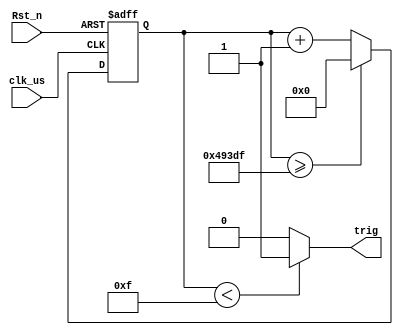
/*================================================*\
		  Filename 
			Author 
	  Description  
					300us10us290us
		 Called by 
Revision History    mm/dd/202x
		  			  Revision 1.0
  			  Email 
			Company 
\*================================================*/
module 	hc_sr_trig(
	input  wire			clk_us	, //system clock 1MHz
	input  wire 		Rst_n	, //reset low valid
		   
	output wire  		trig	  //
);
//Parameter Declarations
	parameter CYCLE_MAX = 19'd300_000;

//Interrnal wire/reg declarations
	reg		[18:00]	cnt		; //Counter 
	wire			add_cnt ; //Counter Enable
	wire			end_cnt ; //Counter Reset 

//Logic Description	
	
	always @(posedge clk_us or negedge Rst_n)begin  
		if(!Rst_n)begin  
			cnt <= 'd0; 
		end  
		else if(add_cnt)begin  
			if(end_cnt)begin  
				cnt <= 'd0; 
			end  
			else begin  
				cnt <= cnt + 1'b1; 
			end  
		end  
		else begin  
			cnt <= cnt;  
		end  
	end 
	
	assign add_cnt = 1'b1; 
	assign end_cnt = add_cnt && cnt >= CYCLE_MAX - 9'd1; 
	
	assign trig = cnt < 15 ? 1'b1 : 1'b0;

endmodule